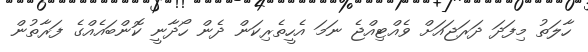
ހާލަތު މިފަދަ ދަރަޖައަށް ވެއްޓިއްޖެ ނަމަ އެހީތެރިކަން ދެން ހޯދާނީ ކޮންބައެއްގެ ފަރާތުން